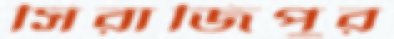
সিরাজিপুর